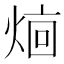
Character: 𬊥